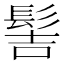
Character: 髻